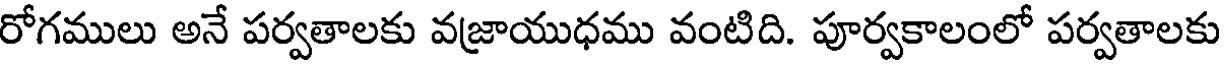
రోగములు అనే పర్వతాలకు వజ్రాయుధము వంటిది. పూర్వకాలంలో పర్వతాలకు